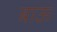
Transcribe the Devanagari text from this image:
बाऊ